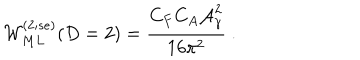
LaTeX: { \cal W } _ { M L } ^ { ( 2 ; s e ) } ( D = 2 ) = \frac { C _ { F } C _ { A } { \cal A } _ { \gamma } ^ { 2 } } { 1 6 { \pi } ^ { 2 } } \ .